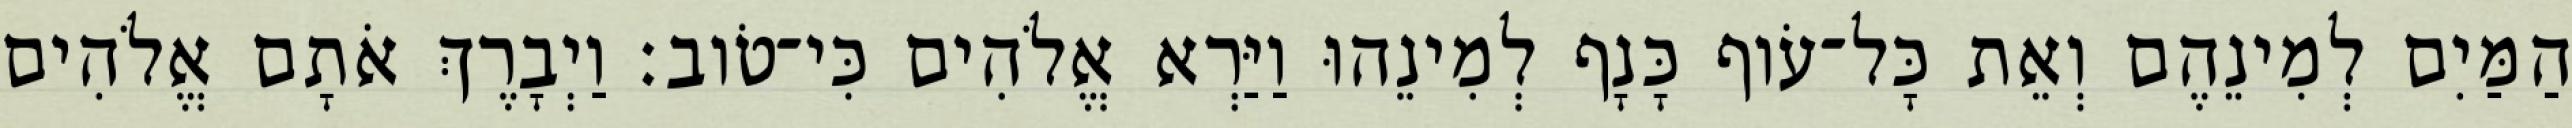
הַמַּיִם לְמִינֵהֶם וְאֵת כָּל־עֹוף כָּנָף לְמִינֵהוּ וַיַּרְא אֱלֹהִים כִּי־טֹוב׃ וַיְבָרֶךְ אֹתָם אֱלֹהִים